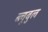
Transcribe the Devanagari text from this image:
ब्लूबुल